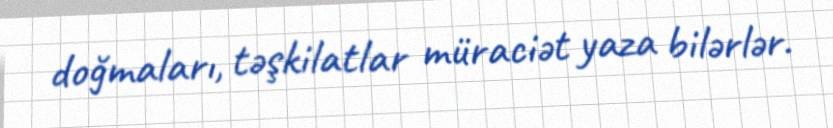
doğmaları, təşkilatlar müraciət yaza bilərlər.